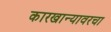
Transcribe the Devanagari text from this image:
कारखान्यावरचा